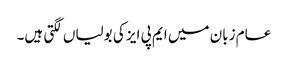
عام زبان میں ایم پی ایز کی بولیاں لگتی ہیں۔